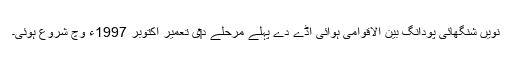
نويں شنگھائی پودانگ بین الاقوامی ہوائی اڈے دے پہلے مرحلے د‏‏ی تعمیر اکتوبر 1997ء وچ شروع ہوئی۔